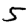
Digit: 5